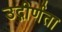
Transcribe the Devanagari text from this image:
उद्गीर्णता